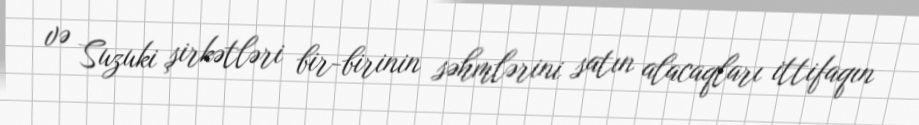
və Suzuki şirkətləri bir-birinin səhmlərini satın alacaqları ittifaqın